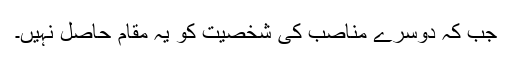
جب کہ دوسرے مناصب کی شخصیت کو یہ مقام حاصل نہیں۔